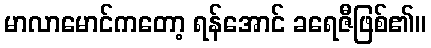
မာလာမောင်ကတော့ ရန်အောင် ခရေဇီဖြစ်၏။